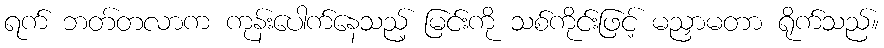
ရက် ဘတ်တလာက ကုန်းပေါက်နေသည့် မြင်းကို သစ်ကိုင်းဖြင့် မညှာမတာ ရိုက်သည်။